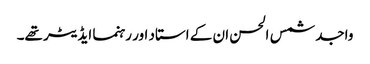
واجد شمس الحسن ان کے استاد اور رہنما ایڈیٹر تھے۔